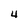
Character: 4